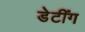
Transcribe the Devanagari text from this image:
डेटींग